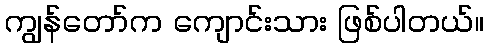
ကျွန်တော်က ကျောင်းသား ဖြစ်ပါတယ်။